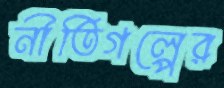
নীতিগল্পের